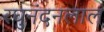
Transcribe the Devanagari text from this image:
रघुनंदनलाल